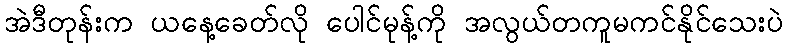
အဲဒီတုန်းက ယနေ့ခေတ်လို ပေါင်မုန့်ကို အလွယ်တကူမကင်နိုင်သေးပဲ